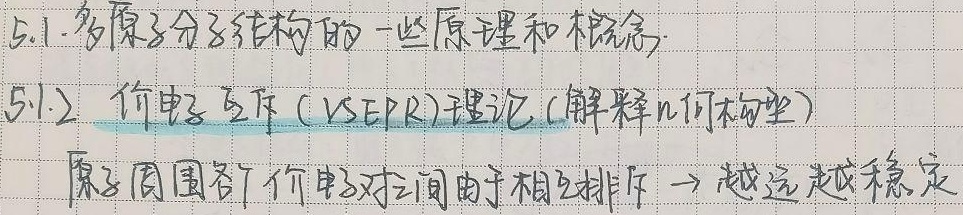
5.1 多原子分子结构的一些原理和概念
5.1.2 价电子互斥（VSEPR）理论（解释几何构型）
原子周围各个价电子对之间由于相互排斥→越远越稳定